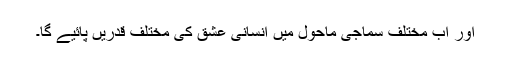
اور اب مختلف سماجی ماحول میں انسانی عشق کی مختلف قدریں پائیے گا۔